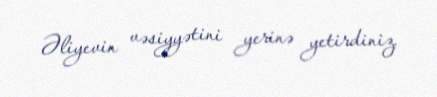
Əliyevin vəsiyyətini yerinə yetirdiniz.